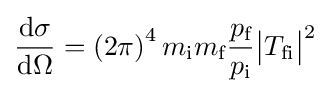
{\frac {\mathrm {d} \sigma }{\mathrm {d} \Omega }}=\left(2\pi \right)^{4}m_{\text{i}}m_{\text{f}}{\frac {p_{\text{f}}}{p_{\text{i}}}}{\bigl |}T_{{\text{f}}{\text{i}}}{\bigr |}^{2}